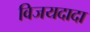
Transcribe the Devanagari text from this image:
विजयदादा